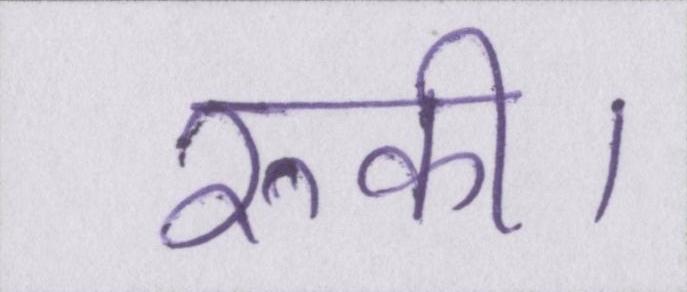
रुकी।